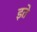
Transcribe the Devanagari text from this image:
इते